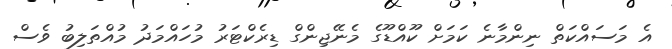
އެ މަަސައްކަތް ނިންމާނެ ކަމަށް ކޫއްޑޫގެ މެނޭޖިންގް ޑިރެކްޓަރު މުހައްމަދު މުއްތަލިބު ވެސް